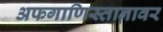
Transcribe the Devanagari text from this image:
अफगाणिस्तानावर